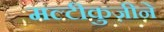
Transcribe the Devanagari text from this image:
मल्टीकुज़ीने